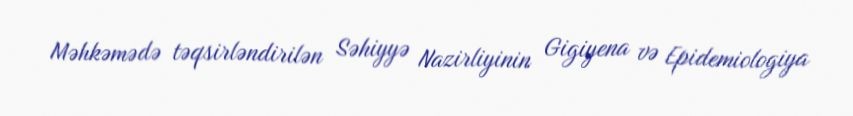
Məhkəmədə təqsirləndirilən Səhiyyə Nazirliyinin Gigiyena və Epidemiologiya